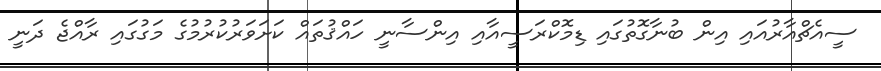
ސީއެޗްއާރުއައި އިން ބުނާގޮތުގައި ޑިމޮކްރަސީއާއި އިންސާނީ ހައްޤުތައް ކަށަވަރުކުރުމުގެ މަގުގައި ރާއްޖެ ދަނީ